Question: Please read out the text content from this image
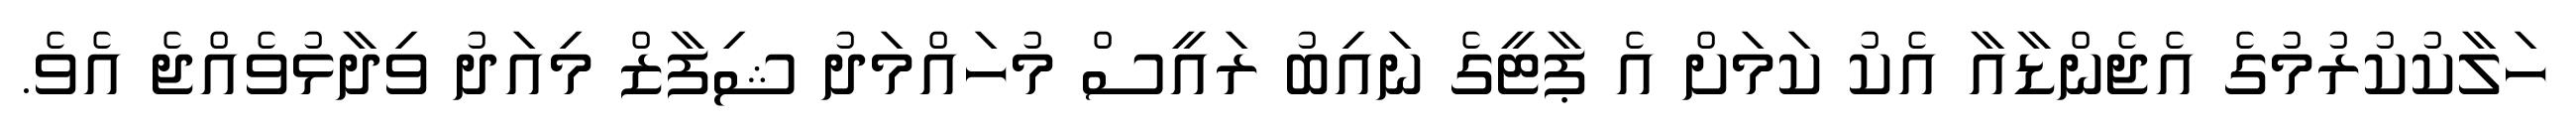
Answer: ހަލާކުކުރުމުގެ އެޖެންޑާއާ އެކު ކަމަށް އެ ޕާޓީގެ ނައިބު ރައީސް މުހައްމަދު ޝިފާޒް މިއަދު ވިދާޅުވެއްޖެ އެވެ.